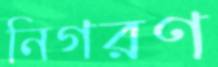
নিগরণ